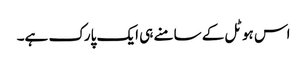
اس ہوٹل کے سامنے ہی ایک پارک ہے۔